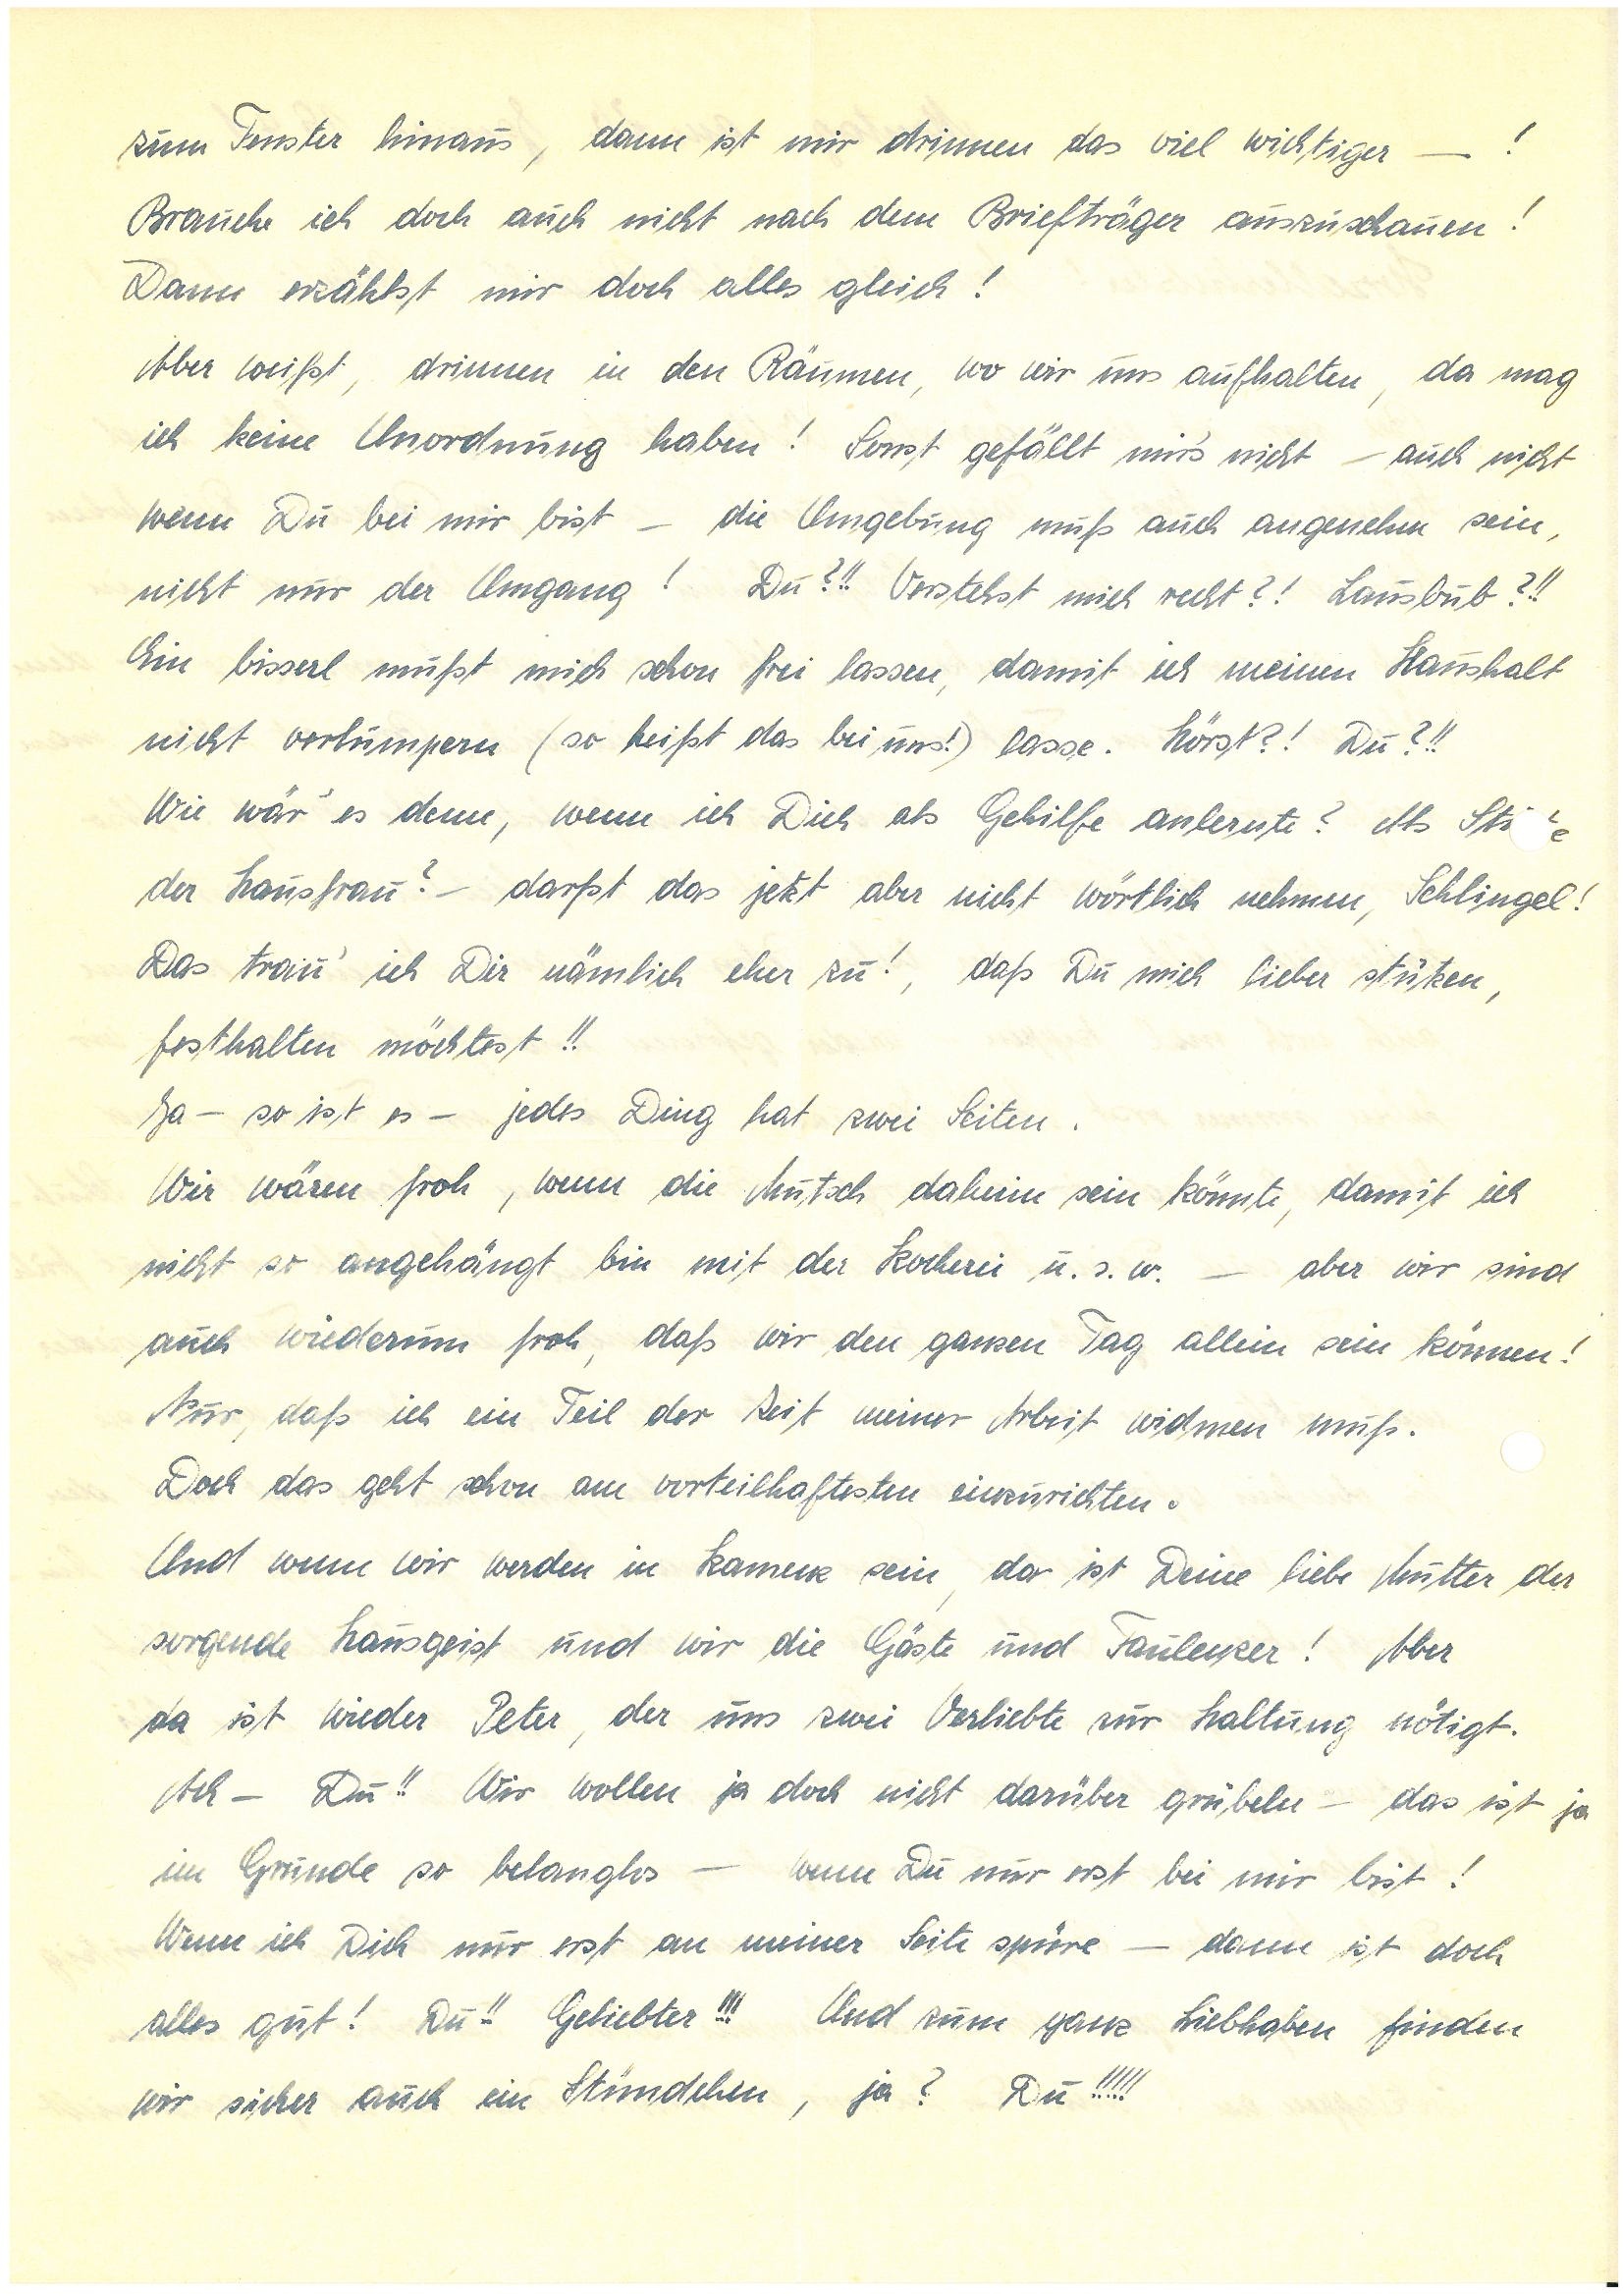
zum Fenster hinaus, dann ist mir drinnen das viel wichtiger –!
Brauche ich doch auch nicht nach dem Briefträger auszuschauen!
Dann erzählst mir doch alles gleich!
Aber weißt, drinnen in den Räumen, wo wir uns aufhalten, da mag
ich keine Unordnung haben! Sonst gefällt mir’s nicht – auch nicht
wenn Du bei mir bist – die Umgebung muß auch angenehm sein,
nicht nur der Umgang! Du?!! Verstehst mich recht?! Lausbub?!!
Ein bisserl mußt mich schon frei lassen, damit ich meinen Haushalt
nicht verlumpern (so heißt das bei mir!) lasse. hörst?!! Du?!!
Wie wär’ es denn, wenn ich Dich als Gehilfe anlernte? Als Stütze
der Hausfrau? – darfst das jetzt aber nicht wörtlich nehmen, Schlingel!
Das trau’ ich Dir nämlich eher zu!, daß Du mich lieber stützen,
festhalten möchtest!!
Ja – so ist es – jedes Ding hat zwei Seiten.
Wir wären froh, wenn die Mutsch daheim sein könnte, damit ich
nicht so angehängt bin mit der Kocherei u.s.w. – aber wir sind
auch wiederum froh, daß wir den ganzen Tag allein sein können!
Nur, daß ich ein Teil der Zeit meiner Arbeit widmen muß.
Doch das geht schon am vorteilhaftesten einzurichten.
Und wenn wir werden in K. sein, da ist deine liebe Mutter der
sorgende Hausgeist und wir die Gäste und Faulenzer! Aber
da ist wieder P., der uns zwei Verliebte zur Haltung nötigt.
Ach – Du!! Wir wollen ja doch nicht darüber grübeln – das ist ja
im Grunde so belanglos – wenn Du nur erst bei mir bist!
Wenn ich Dich nur erst an meiner Seite spüre – dann ist doch
alles gut! Du!! Geliebter!!! Und zum ganz Liebhaben finden
wir sicher auch ein Stündchen, ja? Du!!!!!